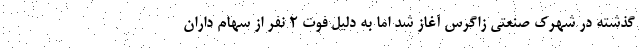
گذشته در شهرک صنعتی زاگرس آغاز شد اما به دلیل فوت ۲ نفر از سهام داران